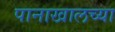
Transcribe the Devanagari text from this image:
पानाखालच्या